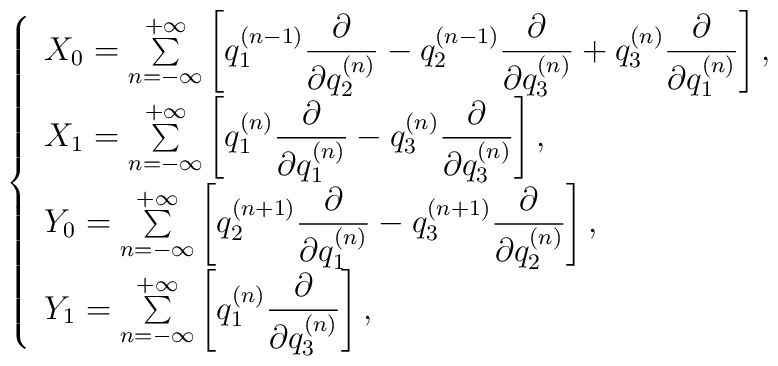
\left\{\begin{array}{l}X_{0}=\sum\limits^{+\infty}_{n=-\infty} \left[ q^{(n-1)}_{1}{\displaystyle\frac{\partial}{\partial{q^{(n)}_{2}}} } - q^{(n-1)}_{2} {\displaystyle\frac{\partial}{\partial{q^{(n)}_{3}}} } + q^{(n)}_{3} {\displaystyle\frac{\partial}{\partial{q^{(n)}_{1}}} } \right] , \\X_{1}=\sum\limits^{+\infty}_{n=-\infty} \left[ q^{(n)}_{1} {\displaystyle\frac{\partial}{\partial{q^{(n)}_{1}}} } - q^{(n)}_{3} {\displaystyle\frac{\partial}{\partial{q^{(n)}_{3}}} } \right] ,\\Y_{0}=\sum\limits^{+\infty}_{n=-\infty} \left[ q^{(n+1)}_{2} {\displaystyle\frac{\partial}{\partial{q^{(n)}_{1}}} } - q^{(n+1)}_{3} {\displaystyle\frac{\partial}{\partial{q^{(n)}_{2}}} } \right] ,  \\Y_{1}=\sum\limits^{+\infty}_{n=-\infty} \left[ q^{(n)}_{1} {\displaystyle\frac{\partial}{\partial{q^{(n)}_{3}}} } \right] ,\end{array}\right.